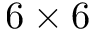
6 \times 6